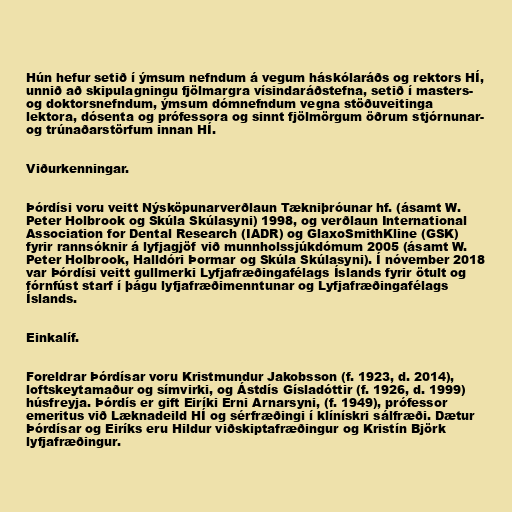
Hún hefur setið í ýmsum nefndum á vegum háskólaráðs og rektors HÍ,
unnið að skipulagningu fjölmargra vísindaráðstefna, setið í masters-
og doktorsnefndum, ýmsum dómnefndum vegna stöðuveitinga
lektora, dósenta og prófessora og sinnt fjölmörgum öðrum stjórnunar-
og trúnaðarstörfum innan HÍ.

Viðurkenningar.

Þórdísi voru veitt Nýsköpunarverðlaun Tækniþróunar hf. (ásamt W.
Peter Holbrook og Skúla Skúlasyni) 1998, og verðlaun International
Association for Dental Research (IADR) og GlaxoSmithKline (GSK)
fyrir rannsóknir á lyfjagjöf við munnholssjúkdómum 2005 (ásamt W.
Peter Holbrook, Halldóri Þormar og Skúla Skúlasyni). Í nóvember 2018
var Þórdísi veitt gullmerki Lyfjafræðingafélags Íslands fyrir ötult og
fórnfúst starf í þágu lyfjafræðimenntunar og Lyfjafræðingafélags
Íslands.

Einkalíf.

Foreldrar Þórdísar voru Kristmundur Jakobsson (f. 1923, d. 2014),
loftskeytamaður og símvirki, og Ástdís Gísladóttir (f. 1926, d. 1999)
húsfreyja. Þórdís er gift Eiríki Erni Arnarsyni, (f. 1949), prófessor
emeritus við Læknadeild HÍ og sérfræðingi í klínískri sálfræði. Dætur
Þórdísar og Eiríks eru Hildur viðskiptafræðingur og Kristín Björk
lyfjafræðingur.